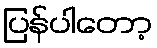
ပြန်ပါတော့